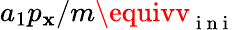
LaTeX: a_{1}p_{\mathbf{x}}/m\equivv_{\mathrm{{~i~n~i~}}}